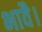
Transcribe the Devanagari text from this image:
भावै।